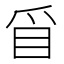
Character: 𥄃